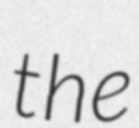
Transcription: the